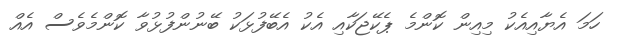
ހަމަ އެޔާއިއެކު މިއިން ކޮންމެ ޕެކޭޖަކާއި އެކު އެބޭފުޅަކު ބޭނުންފުޅުވާ ކޮންމެވެސް އެއް